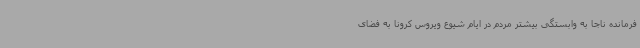
فرمانده ناجا به وابستگی بیشتر مردم در ایام شیوع ویروس کرونا به فضای